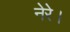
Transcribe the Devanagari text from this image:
नेरे।